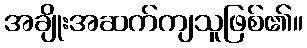
အချိုးအဆက်ကျသူဖြစ်၏။